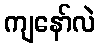
ကျနော်လဲ